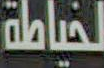
لخياطة